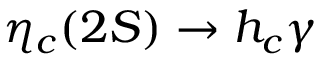
\eta _ { c } ( 2 S ) \rightarrow h _ { c } \gamma